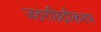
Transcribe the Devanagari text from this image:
जठरछिद्रीकरण